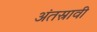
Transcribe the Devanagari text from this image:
अंतस्रावी